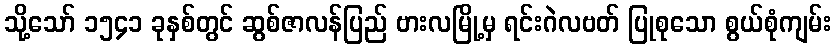
သို့သော် ၁၅၄၁ ခုနှစ်တွင် ဆွစ်ဇာလန်ပြည် ဗားလမြို့မှ ရင်းဂဲလဗတ် ပြုစုသော စွယ်စုံကျမ်း